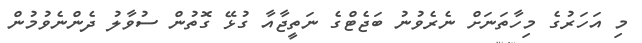
މި އަހަރުގެ މިހާތަނަށް ނެރެވުނު ބަޖެޓްގެ ނަތީޖާއާ ގުޅޭ ގޮތުން ސުވާލު ދެންނެވުމުން